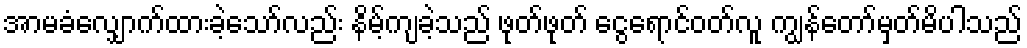
အာမခံလျှောက်ထားခဲ့သော်လည်း နိမ့်ကျခဲ့သည် ဖုတ်ဖုတ် ငွေရောင်ဝတ်လူ ကျွန်တော်မှတ်မိပါသည်